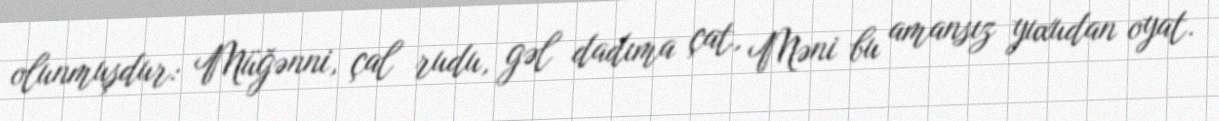
olunmuşdur: Müğənni, çal rudu, gəl dadıma çat, Məni bu amansız yuxudan oyat.